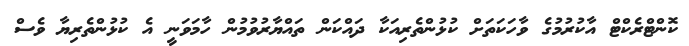
ކޮންޓްރެކްޓް އާކުރުމުގެ ވާހަކަތަށް ކުޅުންތެރިއަކާ ދައްކަން ތައްޔާރުވުމުން ހާމަވަނީ އެ ކުޅުންތެރިޔާ ވެސް